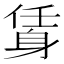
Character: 𨉃